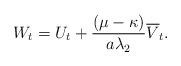
LaTeX: \begin{align*} W_t=U_t+\frac{(\mu-\kappa)}{a\lambda_2}\overline{V}_t.\end{align*}